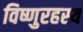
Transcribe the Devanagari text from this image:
विष्णुरहस्य